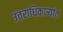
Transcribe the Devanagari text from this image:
उत्तराधिकाऱ्यांत